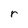
Character: r